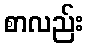
စာလည်း